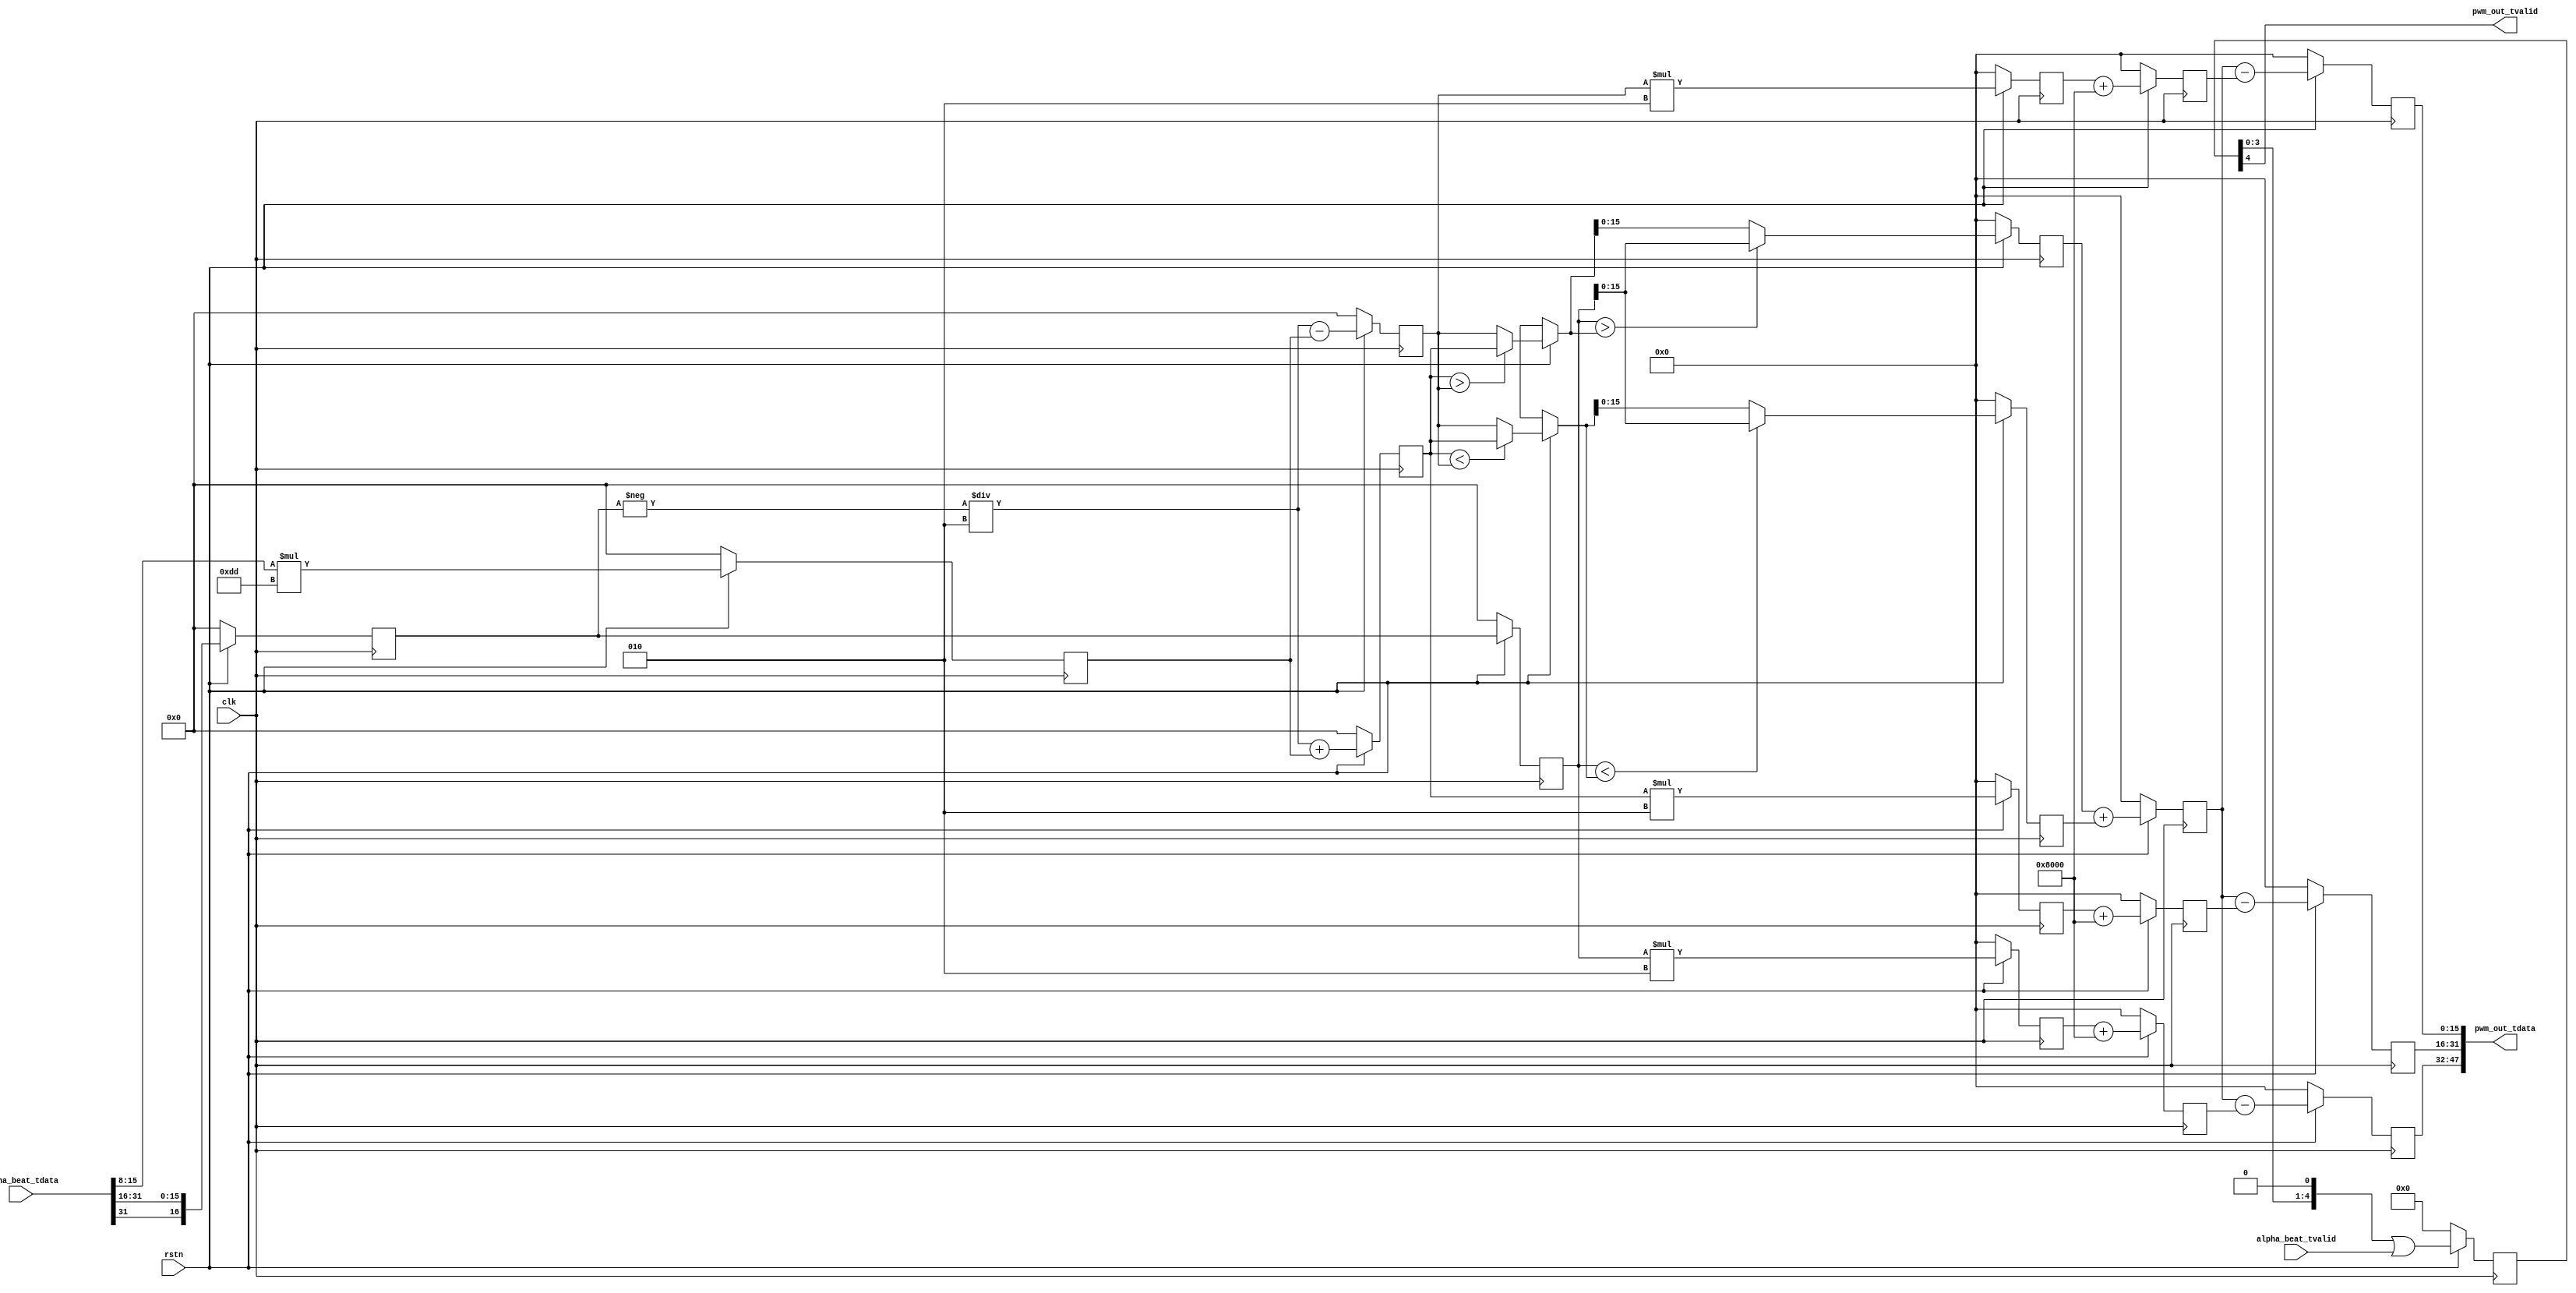
`timescale 1ns / 1ps


module SVPWM #(
        parameter integer PWM_WIDTH = 16
    ) (
        input clk,
        input rstn,
        input [PWM_WIDTH*2-1:0] alpha_beat_tdata,
        input alpha_beat_tvalid,

        output [PWM_WIDTH*3-1:0] pwm_out_tdata,
        output pwm_out_tvalid
    );

    // 10<1:1:8>
    localparam signed [PWM_WIDTH/2+1:0] SQRT3_BY_2 = $rtoi(1.732050807568877 / 2 * (2 ** (PWM_WIDTH / 2)));

    // 17<1:2:14>
    reg signed [PWM_WIDTH:0] alpha_tmp;
    reg signed [PWM_WIDTH:0] va[2:0];
    reg signed [PWM_WIDTH:0] vb[2:0];
    reg signed [PWM_WIDTH:0] vc[2:0];
    reg signed [PWM_WIDTH:0] mux;
    reg signed [PWM_WIDTH:0] vmax;
    reg signed [PWM_WIDTH:0] vmin;
    reg signed [PWM_WIDTH:0] vcom;

    // 16<1:1:14>
    reg [PWM_WIDTH-1:0] pwm_u;
    reg [PWM_WIDTH-1:0] pwm_v;
    reg [PWM_WIDTH-1:0] pwm_w;
    reg [4:0] valid_delay;

    // 17<1:2:14>  <- 16<1:1:14>
    wire signed [PWM_WIDTH:0] alpha = {
             alpha_beat_tdata[PWM_WIDTH*2-1], alpha_beat_tdata[PWM_WIDTH*2-1:PWM_WIDTH]
         };
    wire signed [PWM_WIDTH/2-1:0] beta = {alpha_beat_tdata[PWM_WIDTH-1:PWM_WIDTH/2]};

    assign pwm_out_tdata  = {pwm_u, pwm_v, pwm_w};
    assign pwm_out_tvalid = valid_delay[4];

    function signed [PWM_WIDTH:0] MAX;
        input signed [PWM_WIDTH:0] a;
        input signed [PWM_WIDTH:0] b;
        begin
            if (a > b)
                MAX = a;
            else
                MAX = b;
        end
    endfunction

    function signed [PWM_WIDTH:0] MIN;
        input signed [PWM_WIDTH:0] a;
        input signed [PWM_WIDTH:0] b;
        begin
            if (a < b)
                MIN = a;
            else
                MIN = b;
        end
    endfunction

    always @(posedge clk) begin
        if (!rstn) begin
            alpha_tmp <= 0;
            va[0] <= 0;
            vb[0] <= 0;
            vc[0] <= 0;
            va[1] <= 0;
            vb[1] <= 0;
            vc[1] <= 0;
            va[2] <= 0;
            vb[2] <= 0;
            vc[2] <= 0;
            mux <= 0;
            vmax <= 0;
            vmin <= 0;
            vcom <= 0;
            pwm_u <= 0;
            pwm_v <= 0;
            pwm_w <= 0;
            valid_delay <= 0;
        end
        else begin
            // valid delay
            valid_delay <= valid_delay << 1 | alpha_beat_tvalid;

            // 1
            mux <= beta * SQRT3_BY_2;
            alpha_tmp <= alpha;

            // 2
            va[0] <= alpha_tmp;
            vb[0] <= -alpha_tmp / $signed(3'd2) + mux;
            vc[0] <= -alpha_tmp / $signed(3'd2) - mux;

            // 3
            vmax <= MAX(va[0], MAX(vb[0], vc[0]));
            vmin <= MIN(va[0], MIN(vb[0], vc[0]));
            va[1] <= va[0] * $signed(3'd2);
            vb[1] <= vb[0] * $signed(3'd2);
            vc[1] <= vc[0] * $signed(3'd2);

            // 4
            vcom <= vmax + vmin;
            va[2] <= va[1] + (2'd2 ** (PWM_WIDTH - 1));
            vb[2] <= vb[1] + (2'd2 ** (PWM_WIDTH - 1));
            vc[2] <= vc[1] + (2'd2 ** (PWM_WIDTH - 1));

            // 5
            pwm_u <= vcom - va[2];
            pwm_v <= vcom - vb[2];
            pwm_w <= vcom - vc[2];
        end
    end


endmodule